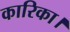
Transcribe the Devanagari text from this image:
कारिका।